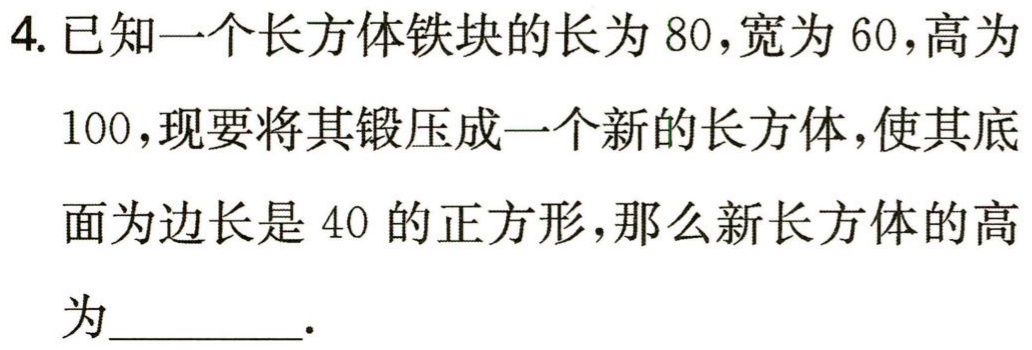
4. 已知一个长方体铁块的长为 80，宽为 60，高为

100，现要将其锻压成一个新的长方体，使其底

面为边长是 40 的正方形，那么新长方体的高

为________.